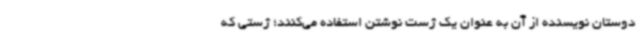
دوستان نویسنده از آن به عنوان یک ژست نوشتن استفاده می‌کنند؛ ژستی که